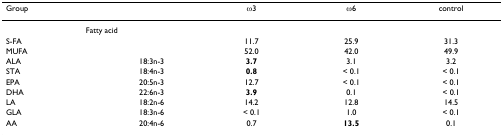
<table><thead><tr><td><b>Group</b></td><td></td><td><b>ω3</b></td><td><b>ω6</b></td><td><b>control</b></td></tr></thead><tbody><tr><td colspan="2">Fatty acid</td><td></td><td></td><td></td></tr><tr><td>S-FA</td><td></td><td>11.7</td><td>25.9</td><td>31.3</td></tr><tr><td>MUFA</td><td></td><td>52.0</td><td>42.0</td><td>49.9</td></tr><tr><td>ALA</td><td>18:3n-3</td><td><b>3.7</b></td><td>3.1</td><td>3.2</td></tr><tr><td>STA</td><td>18:4n-3</td><td><b>0.8</b></td><td>&lt; 0.1</td><td>&lt; 0.1</td></tr><tr><td>EPA</td><td>20:5n-3</td><td>12.7</td><td>&lt; 0.1</td><td>&lt; 0.1</td></tr><tr><td>DHA</td><td>22:6n-3</td><td><b>3.9</b></td><td>0.1</td><td>&lt; 0.1</td></tr><tr><td>LA</td><td>18:2n-6</td><td>14.2</td><td>12.8</td><td>14.5</td></tr><tr><td>GLA</td><td>18:3n-6</td><td>&lt; 0.1</td><td>1.0</td><td>&lt; 0.1</td></tr><tr><td>AA</td><td>20:4n-6</td><td>0.7</td><td><b>13.5</b></td><td>0.1</td></tr></tbody></table>